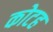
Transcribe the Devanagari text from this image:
कोटह